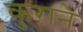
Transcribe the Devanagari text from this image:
कुराने